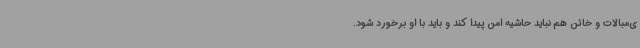
ی‌مبالات و خائن هم نباید حاشیه امن پیدا کند و باید با او برخورد شود.